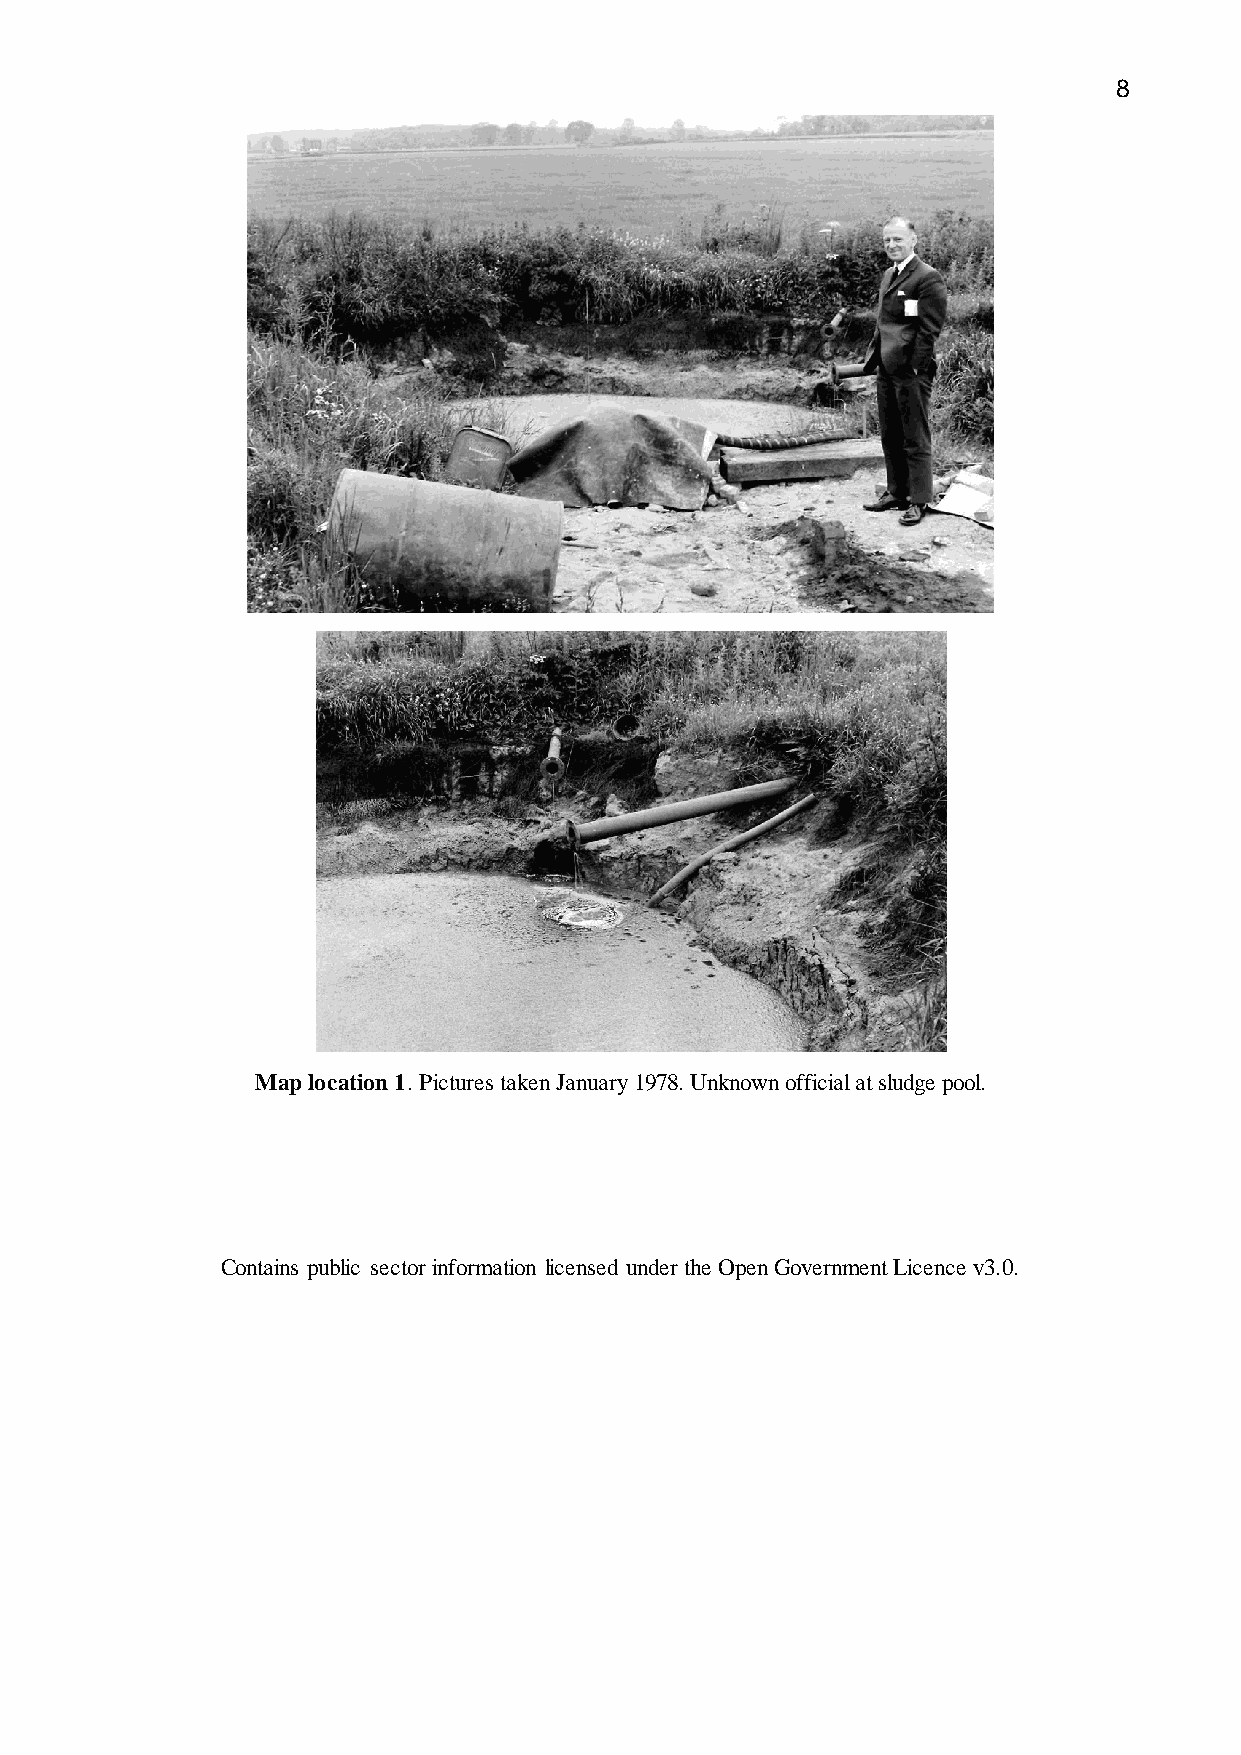
8
 Map location 1. Pictures taken January 1978. Unknown official at sludge pool.
 Contains public sector information licensed under the Open Government Licence v3.0.